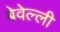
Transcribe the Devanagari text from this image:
बेवेल्ली